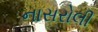
નાસરોલી